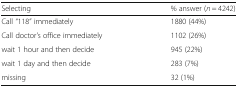
<table><thead><tr><td><b>Selecting</b></td><td><b>% answer (<i>n</i> = 4242)</b></td></tr></thead><tbody><tr><td>Call “118” immediately</td><td>1880 (44%)</td></tr><tr><td>Call doctor&#x27;s office immediately</td><td>1102 (26%)</td></tr><tr><td>wait 1 hour and then decide</td><td>945 (22%)</td></tr><tr><td>wait 1 day and then decide</td><td>283 (7%)</td></tr><tr><td>missing</td><td>32 (1%)</td></tr></tbody></table>